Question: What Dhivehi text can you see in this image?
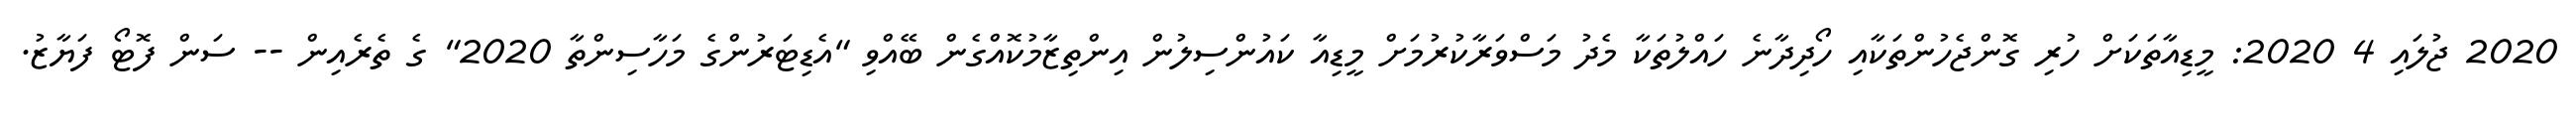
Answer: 2020 ޖުލައި 4 2020: މީޑިއާތަކަށް ހުރި ގޮންޖެހުންތަކާއި ހޯދިދާނެ ހައްލުތަކާ މެދު މަސްވަރާކުރުމަށް މީޑިއާ ކައުންސިލުން އިންތިޒާމުކޮއްގެން ބޭއްވި "އެޑިޓަރުންގެ މަހާސިންތާ 2020" ގެ ތެރެއިން -- ސަން ފޮޓޯ ފަޔާޒު.